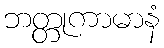
ဘတ္တုကာမာနံ